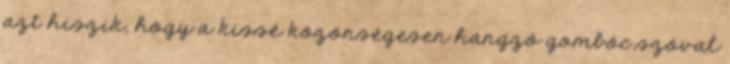
azt hiszik, hogy a kissé közönségesen hangzó gombóc szóval